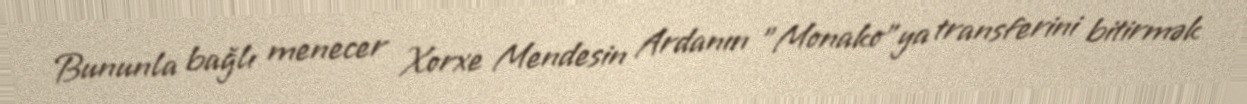
Bununla bağlı menecer Xorxe Mendesin Ardanın "Monako"ya transferini bitirmək